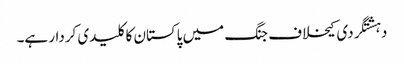
دہشتگردی کیخلاف جنگ میں پاکستان کا کلیدی کردار ہے۔